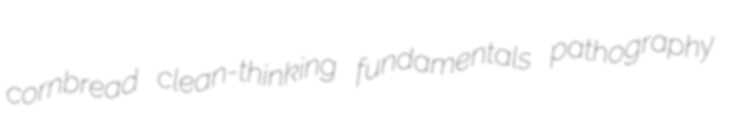
cornbread clean-thinking fundamentals pathography